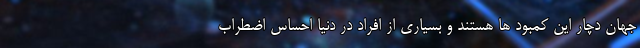
جهان دچار این کمبود ها هستند و بسیاری از افراد در دنیا احساس اضطراب